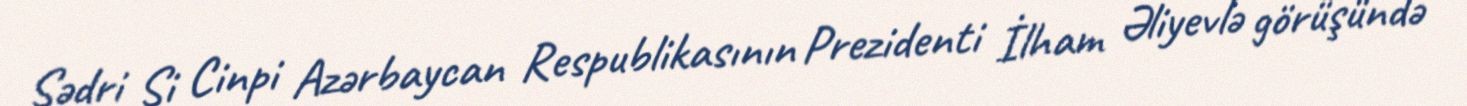
Sədri Si Cinpi Azərbaycan Respublikasının Prezidenti İlham Əliyevlə görüşündə